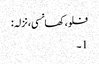
فلو، کھانسی، نزلہ :
1۔